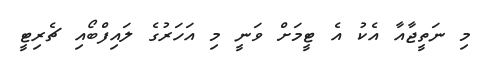
މި ނަތީޖާއާ އެކު އެ ޓީމަށް ވަނީ މި އަހަރުގެ ލައިފްބޯއި ޗެރިޓީ